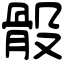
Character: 骰